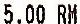
5.00 RM